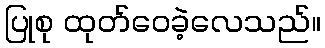
ပြုစု ထုတ်ဝေခဲ့လေသည်။